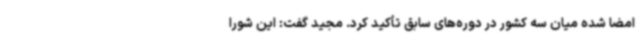
امضا شده میان سه کشور در دوره‌های سابق تأکید کرد. مجید گفت: این شورا